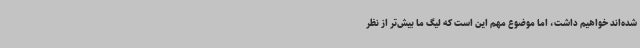
شده‌اند خواهیم داشت، اما موضوع مهم این است که لیگ ما بیش‌تر از نظر